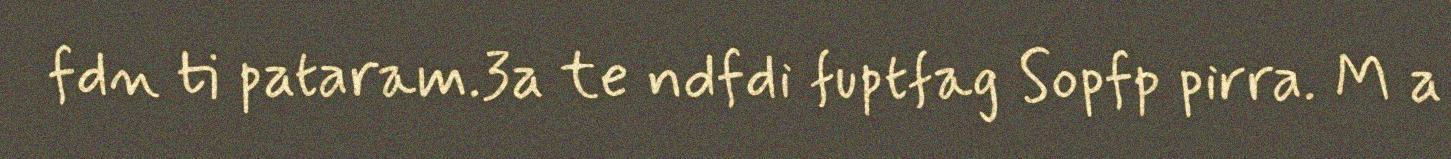
fdn ti pataram.3a te ndfdi fuptfag Sopfp pirra. M a